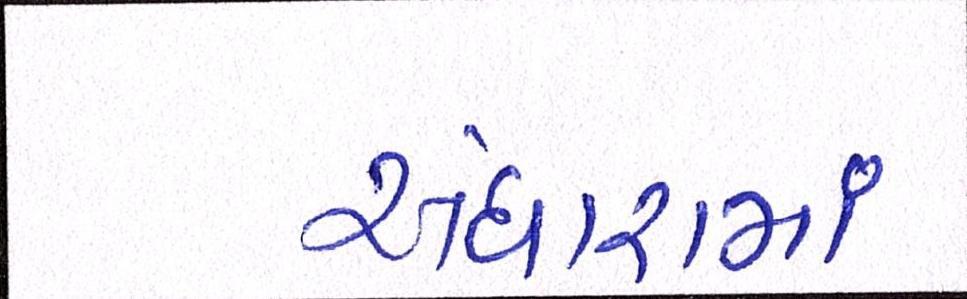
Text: અંધારામાં